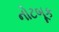
નોટબૂક